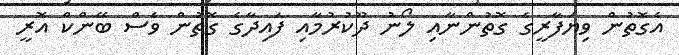
އެގޮތުން ވިޔަފާރީގެ ގޮތުންނާއި ލޯނު ދޫކުރުމާއި ފައިދާގެ ގޮތުން ވެސް ބޭންކް އޮރީ